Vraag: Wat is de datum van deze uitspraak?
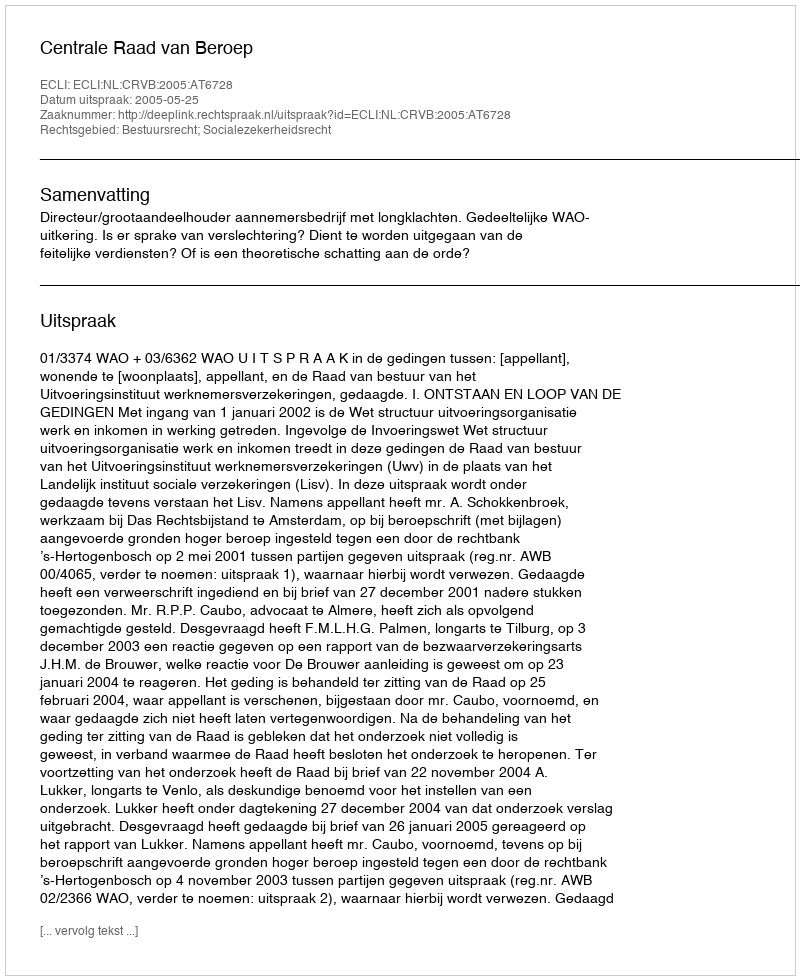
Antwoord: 2005-05-25